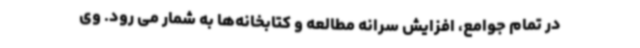
در تمام جوامع، افزایش سرانه مطالعه و کتابخانه‌ها به شمار می رود. وی